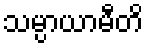
သမ္ပာယာမီတိ